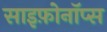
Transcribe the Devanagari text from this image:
साइफ़ोनॉप्स